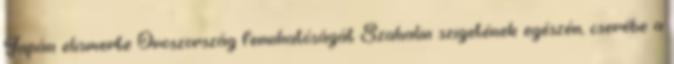
Japán elismerte Oroszország fennhatóságát Szahalin szigetének egészén, cserébe a